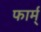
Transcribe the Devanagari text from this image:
फार्म्